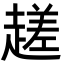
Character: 䟀